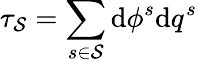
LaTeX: \tau_{\mathcal{S}}=\sum_{s\in\mathcal{S}}\mathrm{d}\phi^{s}\mathrm{d}q^{s}